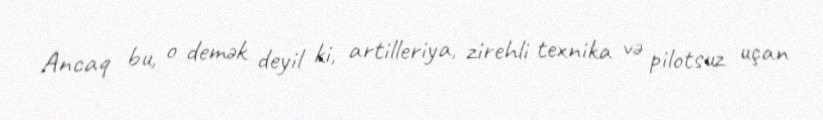
Ancaq bu, o demək deyil ki, artilleriya, zirehli texnika və pilotsuz uçan